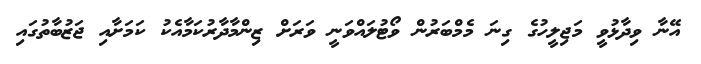
އޭނާ ވިދާޅުވީ މަޖިލީހުގެ ގިނަ މެމްބަރުން ވޯޓުލައްވަނީ ވަރަށް ޒިންމާދާރުކަމާއެކު ކަމަށާއި ޖަޒުބާތުގައި